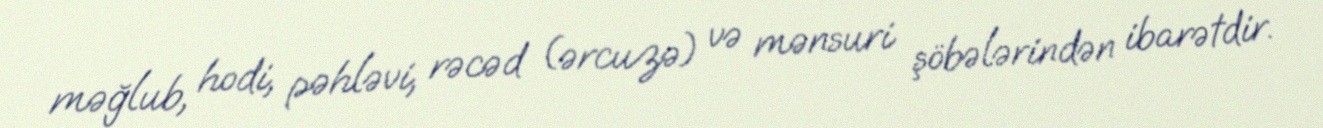
məğlub, hodi, pəhləvi, rəcəd (ərcuzə) və mənsuri şöbələrindən ibarətdir.